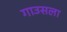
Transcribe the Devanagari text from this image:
गाउसला